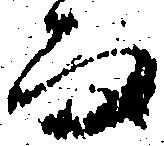
而